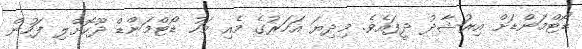
ޑޯޓްމަންޑަށް އިރުޝާދު ދީފައެވެ. މިދިޔަ އަހަރުގެ މެއި މަހު ޑޯޓްމަންޑް ދޫކޮށްލި ފަހުން